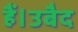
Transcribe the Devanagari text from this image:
हैं।उबैद